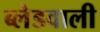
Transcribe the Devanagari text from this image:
ब्लेडवाली